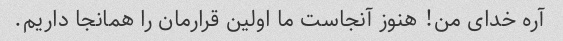
آره خدای من! هنوز آنجاست ما اولین قرارمان را همانجا داریم.